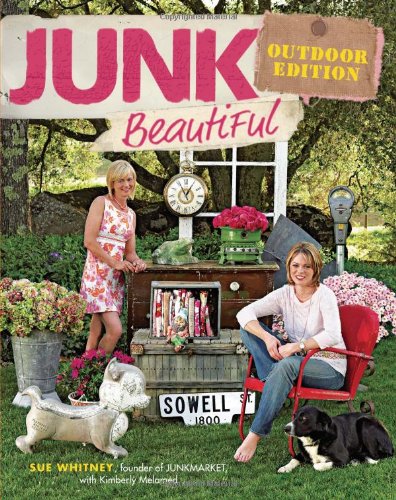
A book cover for Junk Beautiful, Outdoor Edition; Sue Whitney; Crafts, Hobbies & Home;